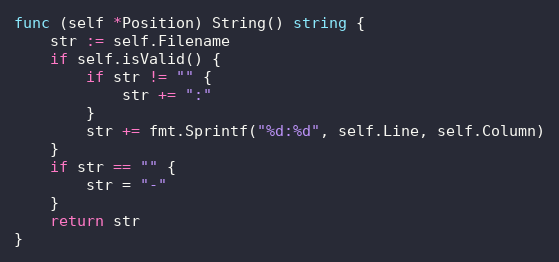
Language: Go
func (self *Position) String() string {
	str := self.Filename
	if self.isValid() {
		if str != "" {
			str += ":"
		}
		str += fmt.Sprintf("%d:%d", self.Line, self.Column)
	}
	if str == "" {
		str = "-"
	}
	return str
}